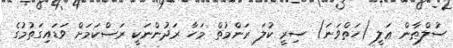
ސުލްޠާން ޢަލީ (ހަތްވަނަ) ސިރީ ކުލަ ރަންމުތް މަހާ ރަދުންނަކީ ރަސްކަމަށް ވަޑައިގަތުމުގެ